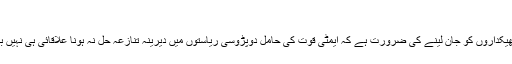
“
اقوام متحدہ سمیت امن کے بین الاقوامی ٹھیکداروں کو جان لینے کی ضرورت ہے کہ ایمٹی قوت کی حامل دوپڑوسی ریاستوں میں دیرینہ تنازعہ حل نہ ہونا علاقائی ہی نہیں بین الاقوامی امن کے لیے بھی خطرہ ہے۔